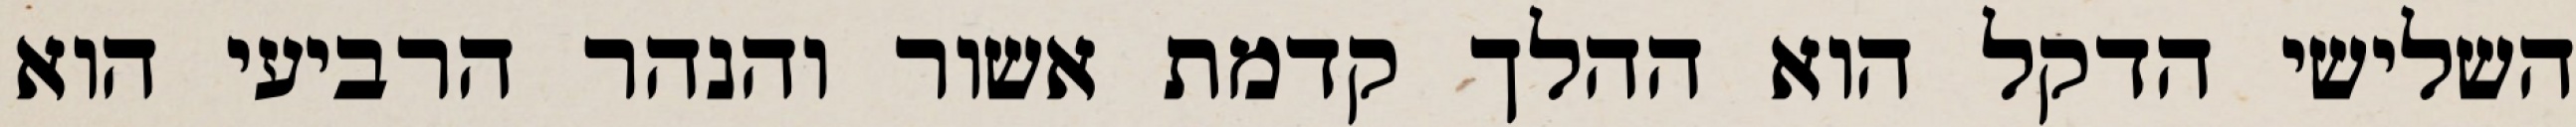
השלישי הדקל הוא ההלך קדמת אשור והנהר הרביעי הוא